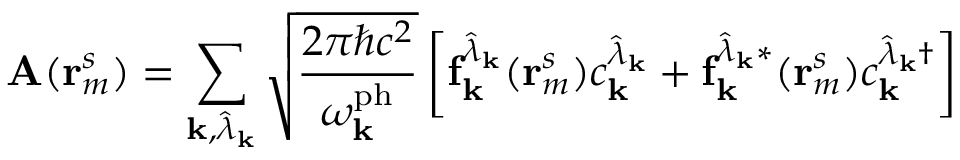
\mathbf { A } ( \mathbf { r } _ { m } ^ { s } ) = \sum _ { \mathbf { k } , \hat { \lambda } _ { \mathbf { k } } } \sqrt { \frac { 2 \pi \hbar c ^ { 2 } } { \omega _ { \mathbf { k } } ^ { \mathrm { p h } } } } \left[ \mathbf { f } _ { \mathbf { k } } ^ { \hat { \lambda } _ { \mathbf { k } } } ( \mathbf { r } _ { m } ^ { s } ) c _ { \mathbf { k } } ^ { \hat { \lambda } _ { \mathbf { k } } } + { \mathbf { f } _ { \mathbf { k } } ^ { \hat { \lambda } _ { \mathbf { k } } * } } ( \mathbf { r } _ { m } ^ { s } ) { c _ { \mathbf { k } } ^ { \hat { \lambda } _ { \mathbf { k } } \dagger } } \right]